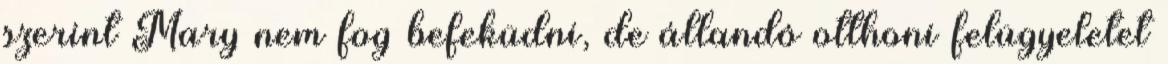
szerint Mary nem fog befeküdni, de állandó otthoni felügyeletet